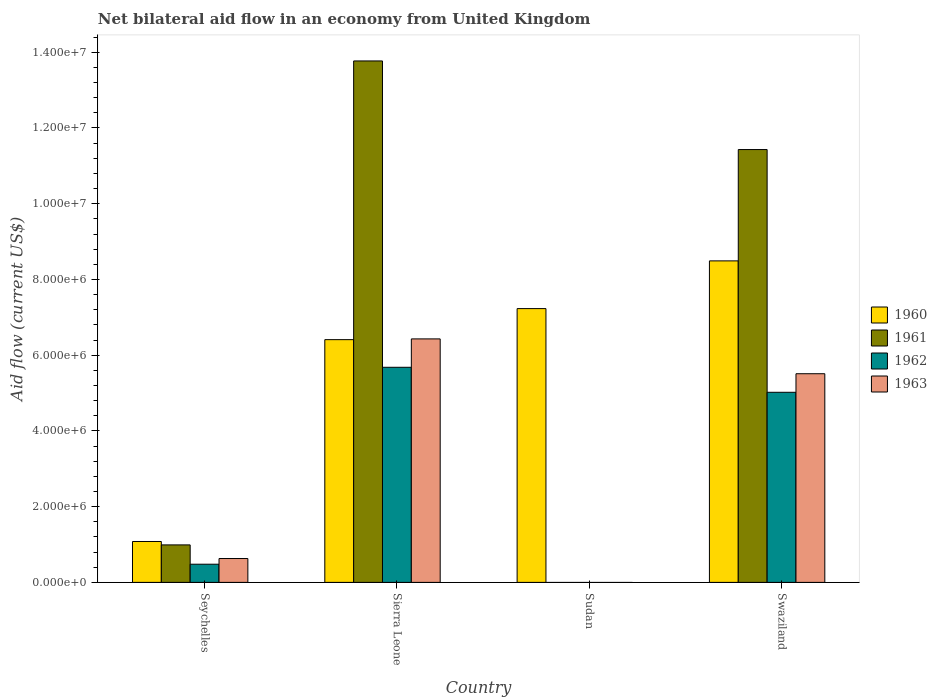
| Country | 1960 | 1961 | 1962 | 1963 |
 | --- | --- | --- | --- | --- |
 | Seychelles | 1.08e+06 | 9.9e+05 | 4.8e+05 | 6.3e+05 |
 | Sierra Leone | 6.41e+06 | 1.38e+07 | 5.68e+06 | 6.43e+06 |
 | Sudan | 7.23e+06 | -4.65e+06 | -4.65e+06 | -2.18e+06 |
 | Swaziland | 8.49e+06 | 1.14e+07 | 5.02e+06 | 5.51e+06 |